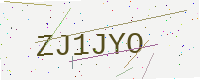
Text: ZJ1JYO